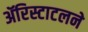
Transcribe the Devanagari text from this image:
ॲरिस्टाटलने